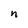
Character: n